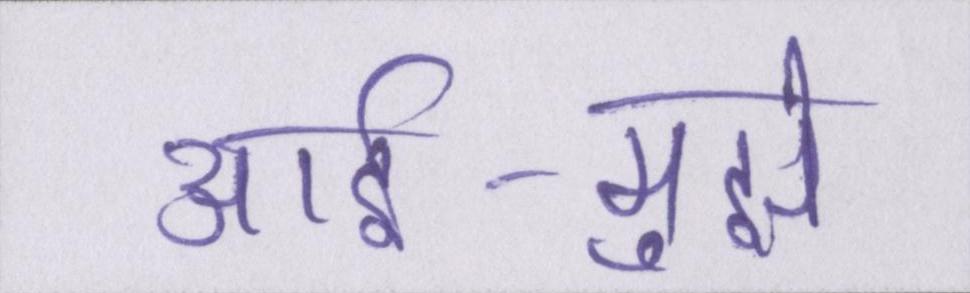
आर्इ-मुझे